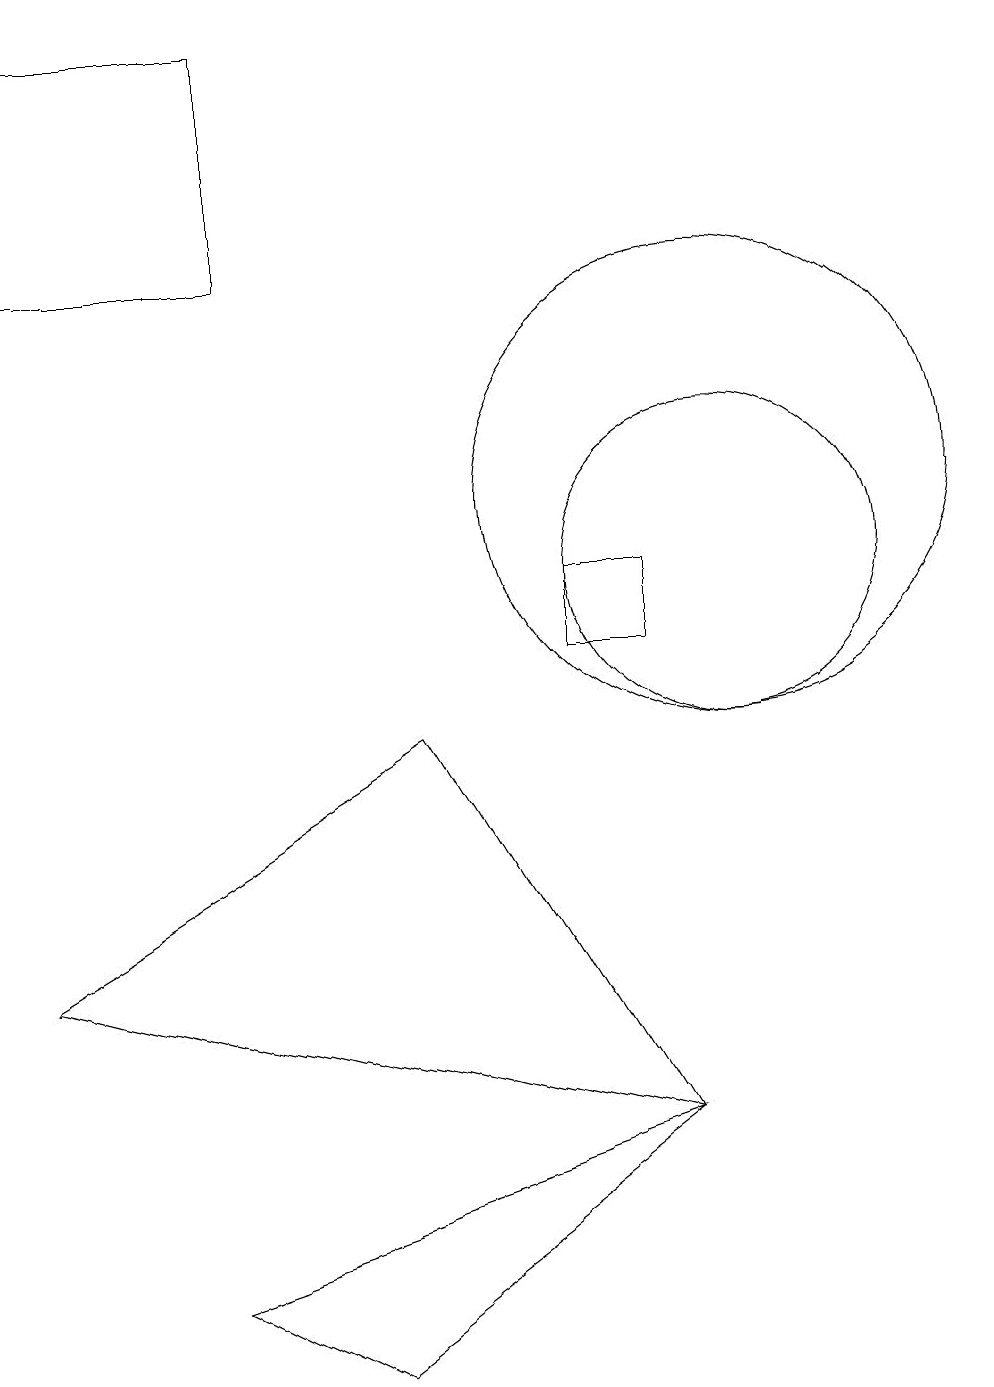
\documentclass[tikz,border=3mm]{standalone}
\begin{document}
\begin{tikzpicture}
\draw (9,4) -- (6,9) -- (1,6) -- cycle;
\draw (8,11) rectangle (9,10);
\draw (10,11) circle (2);
\draw (10,12) circle (3);
\draw (1,18) rectangle (4,15);
\draw (5,1) -- (3,2) -- (9,4) -- cycle;
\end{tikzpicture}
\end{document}